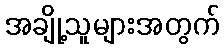
အချို့သူများအတွက်